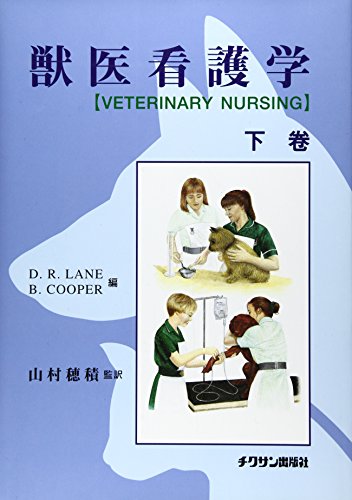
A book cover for Veterinary Nursing under (1999) ISBN: 488500635X [Japanese Import]; Medical Books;